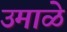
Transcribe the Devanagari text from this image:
उमाळे